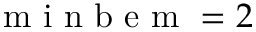
\mathrm { ~ m ~ i ~ n ~ b ~ e ~ m ~ } = 2